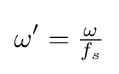
\omega '={\tfrac {\omega }{f_{s}}}